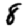
Digit: 8